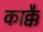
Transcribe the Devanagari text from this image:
काक्कै